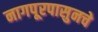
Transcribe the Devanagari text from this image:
नागपूरपासुनचे